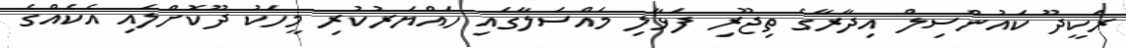
ރަކީދޫ ކައުންސިލް އިދާރާގެ ތިޖޫރި ފަޅާލި މައްސަލާގައި ހައްޔަރުކުރި މީހަކު ދޫކޮށްލައި އެކެއްގެ